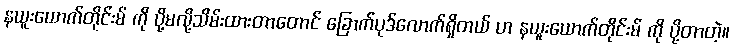
နယူးယောက်တိုင်းမ် ကို ပို့မလို့သိမ်းထားတာတောင် ခြောက်ပုဒ်လောက်ရှိတယ် ဟ နယူးယောက်တိုင်းမ် ကို ပို့တာတဲ့။